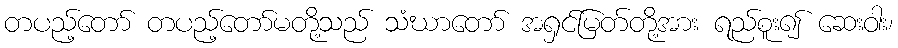
တပည့်တော် တပည့်တော်မတို့သည် သံဃာတော် အရှင်မြတ်တို့အား ရည်စူး၍ ဆေးဝါး၊